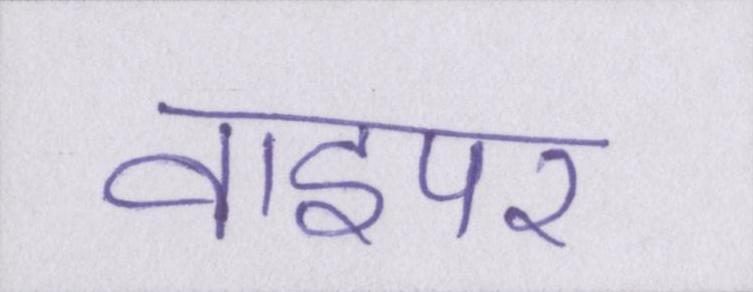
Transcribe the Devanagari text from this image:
वाइपर